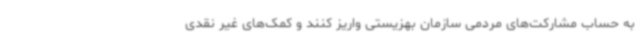
به حساب مشارکت‌های مردمی سازمان بهزیستی واریز کنند و کمک‌های غیر نقدی